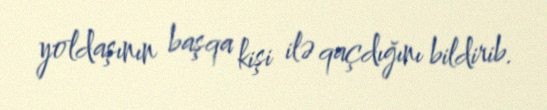
yoldaşının başqa kişi ilə qaçdığını bildirib.